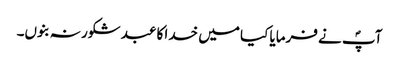
آپؐ نے فرمایا کیا میں خدا کا عبد شکور نہ بنوں۔